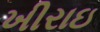
ખીરાઇ